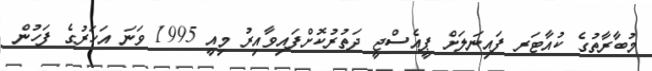
މުބާރާތުގެ ކުއާޓަރ ފައިނަލަށް ޕީއެސްޖީ ދަތުރުކޮށްފައިވާއިރު މިއީ 1995 ވަނަ އަހަރުގެ ފަހުން